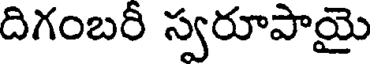
దిగంబరీ స్వరూపాయై